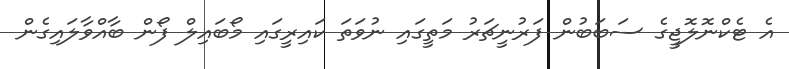
އެ ޓެކްނޮލޮޖީގެ ސަބަބުން ފަރުނީޗަރު މަތީގައި ނުވަތަ ކައިރީގައި މޯބައިލް ފޯން ބާއްވާލައިގެން